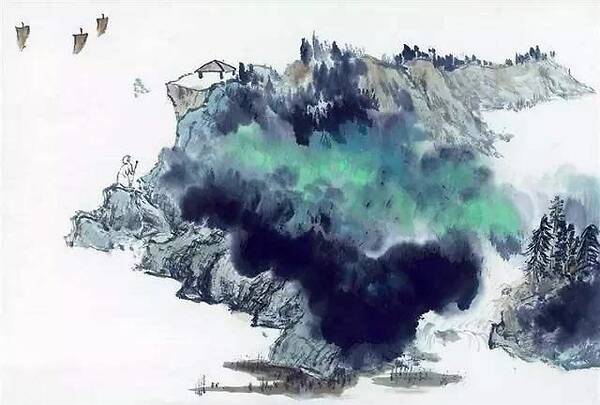
剑花寒，夜坐归心壮，又是他乡。